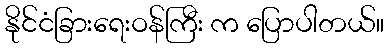
နိုင်ငံခြားရေးဝန်ကြီး က ပြောပါတယ်။